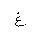
Letter: _gayn